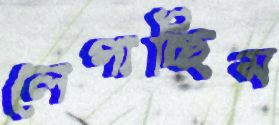
লেপাচ্ছিস